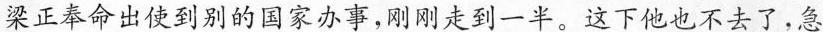
梁正奉命出使到别的国家办事，刚刚走到一半。这下他也不去了，急